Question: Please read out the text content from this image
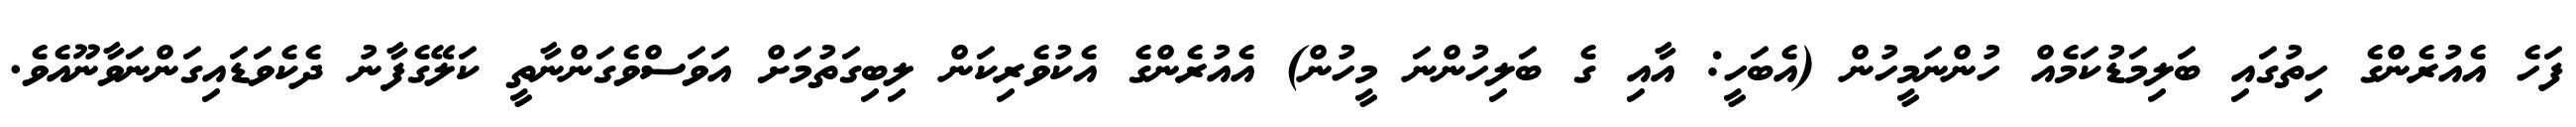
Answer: ފަހެ އެއުރެންގެ ހިތުގައި ބަލިމަޑުކަމެއް ހުންނަމީހުން (އެބަހީ: އާއި ގެ ބަލިހުންނަ މީހުން) އެއުރެންގެ އެކުވެރިކަން ލިބިގަތުމަށް އަވަސްވެގަންނާތީ ކަލޭގެފާނު ދެކެވަޑައިގަންނަވާނޫއެވެ.